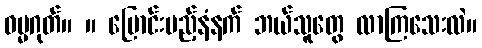
ဓမ္မဂုတ်။ ။ ပြောင်းမည့်နံနက် ဘယ်သူတွေ လာကြသေးလဲ။